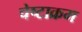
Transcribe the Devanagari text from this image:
चेष्टाक्रम